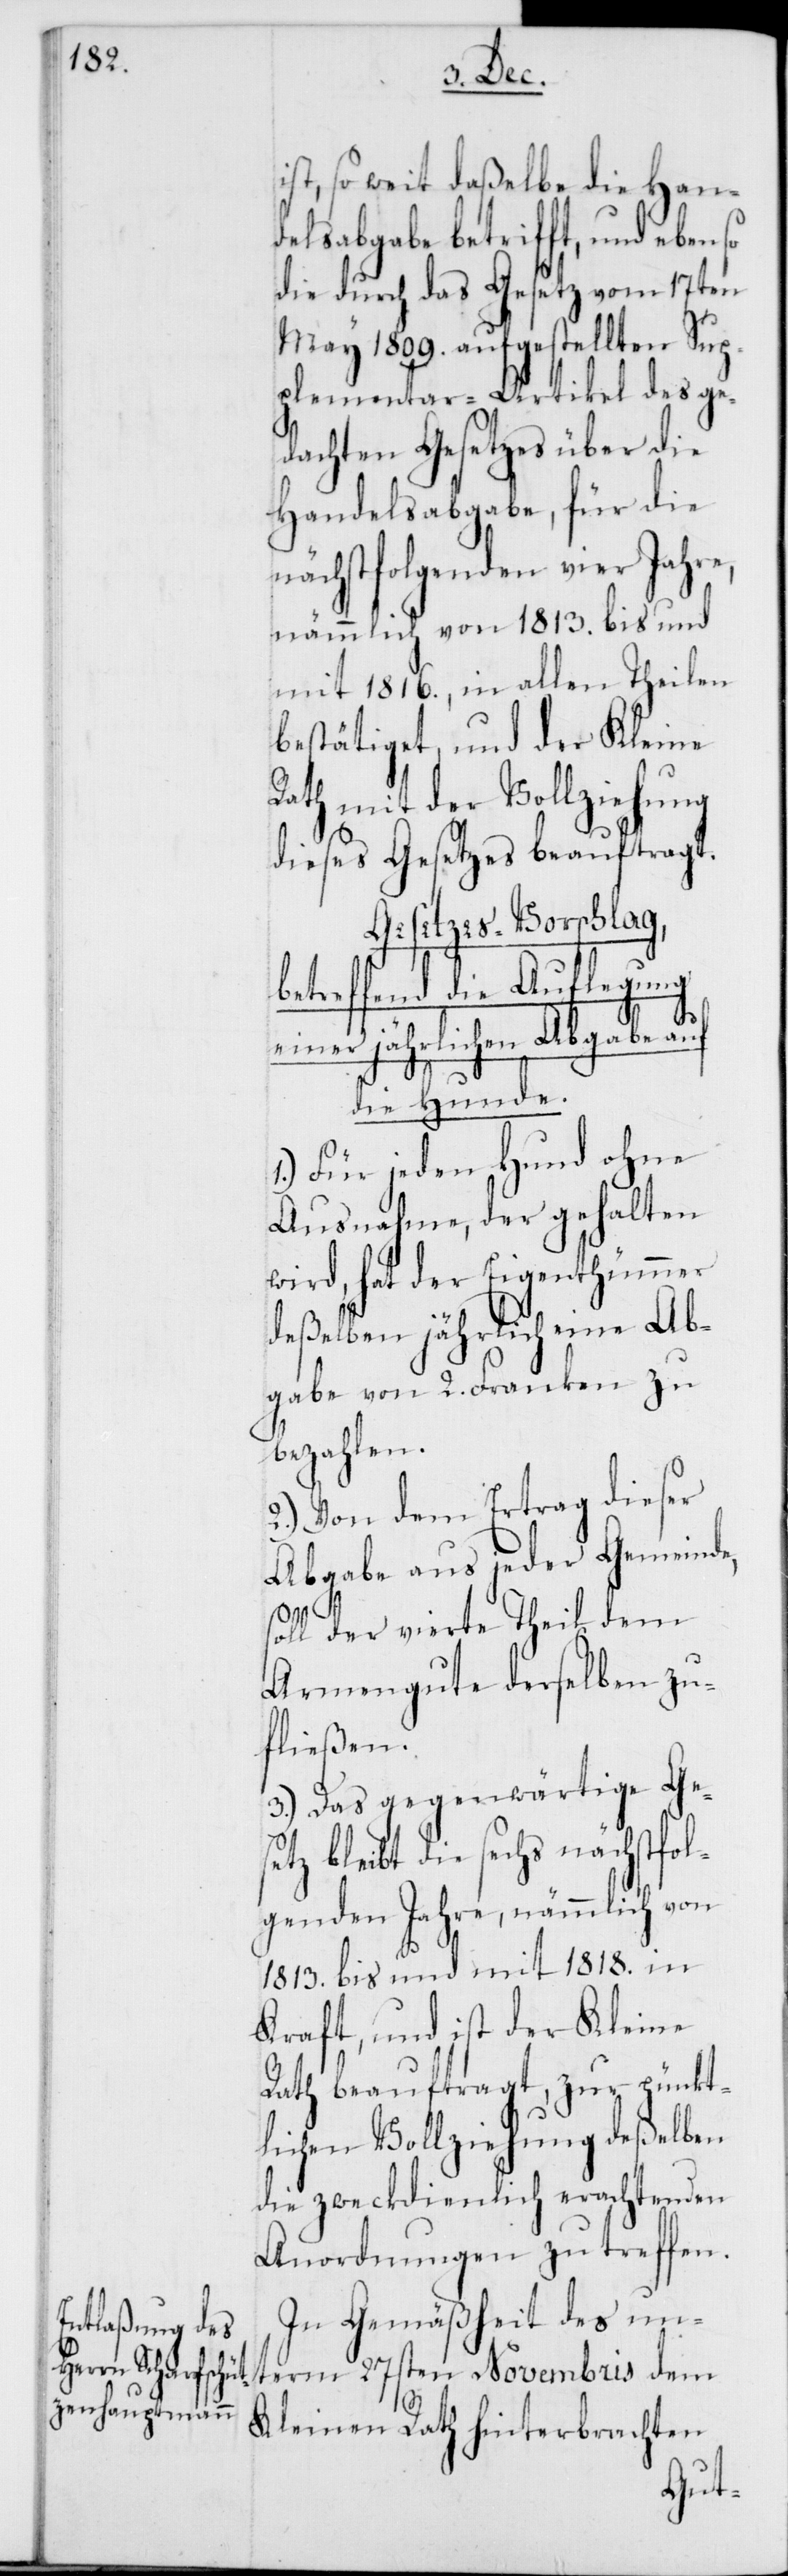
b¬

st, so weit daßelbe die Han¬
delsabgabe betrifft, und eben so
die durch das Gesetz vom 17ten
May 1809. aufgestellten Sup¬
plementar-Artikel des ge¬
dachten Gesetzes über die
Handelsabgabe, für die
nächstfolgenden vier Jahre,
nämmlich von 1813. bis und
mit 1816., in allen Theilen
bestätiget, und der Kleine
Rath mit der Vollziehung
dieses Gesetzes beauftragt.
Gesetzes-Vorschlag,
etreffend die Auflegung
einer jährlichen Abgabe auf
die Hunde.
1.) Für jeden Hund ohne
Ausnahme, der gehalten
wird, hat der Eigenthümmer
deßelben jährlich eine Ab¬
gabe von 2. Franken zu
bezahlen.
2.) Von dem Ertrag dieser
Abgabe aus jeder Gemeinde,
soll der vierte Theil dem
Armengute derselben zu¬
fließen.
3.) Das gegenwärtige Ges¬
etz bleibt die sechs nächstfol¬
genden Jahre, nämmlich von
1813. bis und mit 1818. in
Kraft, und ist der Kleine
Rath beauftragt, zur pünkt¬
lichen Vollziehung deßelben
die zweckdienlich erachtenden
Anordnungen zu treffen.
In Gemäßheit des un¬
term 27sten Novembris dem
Kleinen Rath hinterbrachten